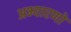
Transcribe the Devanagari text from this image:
अभ्यारणों